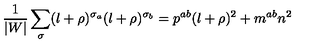
\frac { 1 } { | W | } \sum _ { \sigma } ( l + \rho ) ^ { \sigma _ { a } } ( l + \rho ) ^ { \sigma _ { b } } = p ^ { a b } ( l + \rho ) ^ { 2 } + m ^ { a b } n ^ { 2 }